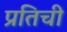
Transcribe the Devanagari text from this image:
प्रतिची